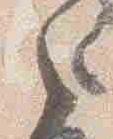
之